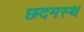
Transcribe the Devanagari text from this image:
छ्दमस्थ